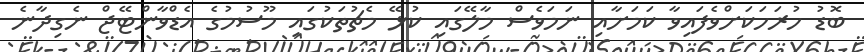
ބޮޑު ހުރަހަކަށްވެފައިވާ ކަމަށާއި ނަމަވެސް މާލޭގައި ކުޅޭ މެޗުތަކުގައި މޫސުމުގެ އެޑްވާންޓޭޖް ނެގިދާނެ